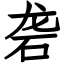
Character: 砻